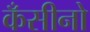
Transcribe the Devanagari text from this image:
कँसीनो